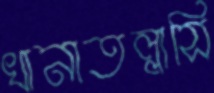
খানাতল্লাসি